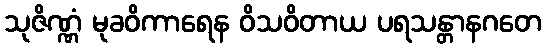
သုဇိဏ္ဏံ မုခဝိကာရေန ဝိသဝိတာယ ပရသန္တာနဂတေ